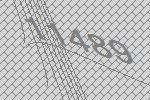
11489